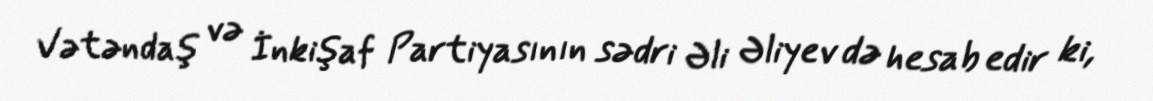
Vətəndaş və İnkişaf Partiyasının sədri Əli Əliyev də hesab edir ki,